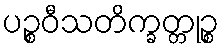
ပဉ္စဝီသတိက္ခတ္တုဉ္စ